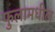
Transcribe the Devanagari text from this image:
फुलामधील